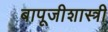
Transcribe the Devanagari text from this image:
बापूजीशास्त्री